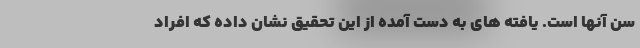
سن آنها است. یافته های به دست آمده از این تحقیق نشان داده که افراد